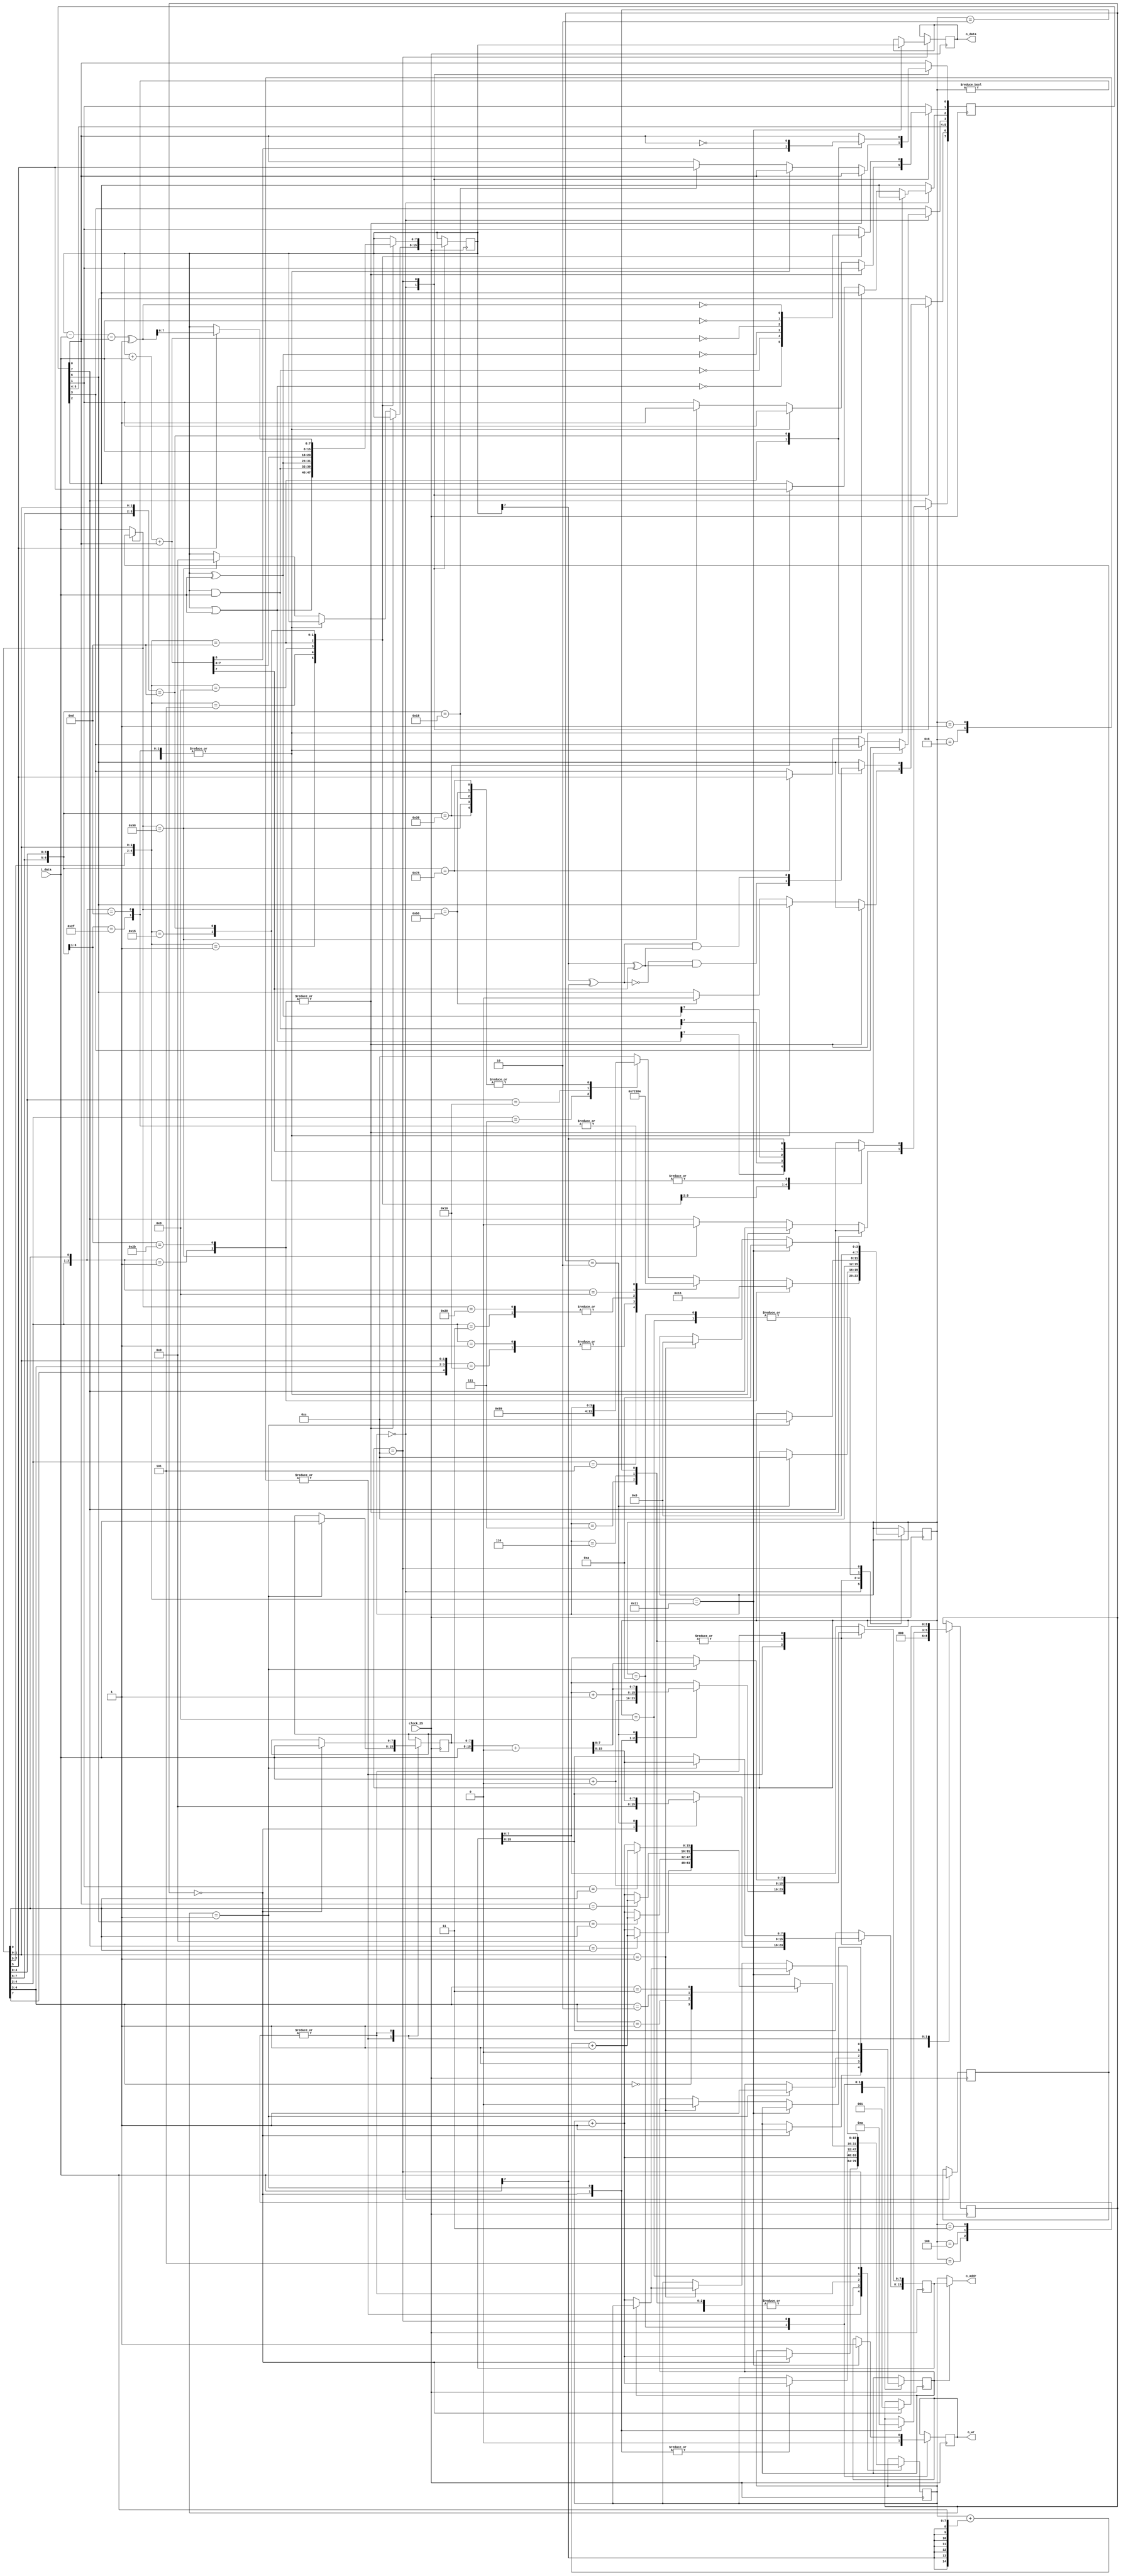
module processor(

    // Тактирование процессора на стандартной частоте 25 Мгц
    input   wire        clock_25,
    
    // 8-битная шина данных
    input   wire [7:0]  i_data,         // Входящие данные
    output  wire [15:0] o_addr,         // 16-битный адрес (64 кб адресное пространство)
    output  reg  [7:0]  o_data,         // Данные для записи
    output  reg         o_wr            // Запись в память

);

/*
 * Роутинг
 */

assign o_addr = alt ? addr : pc;

/*
 * Регистры
 */
 
reg [7:0]  a; // Аккумулятор
reg [7:0]  x; // Индексный регистр
reg [7:0]  y; // Индексный регистр
reg [7:0]  p; // Флаги
reg [7:0]  s; // Стек $100-$1FF
reg [15:0] pc; // Регистр адреса

/*
 7 6 5 4 3 2 1 0
 N V 1 B D I Z C (Флаги)


 N - Negative (отрицательное число)
 V - Overflow (переполнение)
 B - Breakpoint
 D - Decimal (двоично-десятичный режим)
 I - Interrupt (прерывание)
 Z - Zero (результат равен 0)
 C - Carry (перенос)
 
 */

/*
 * Состояния
 */

reg [3:0]  t;        // Текущее состояние процессора
reg [2:0]  am;       // Address Mode = 0..7, декодирование
reg [7:0]  op_cache; // Предущущее состояние опкода
reg        alt;      // Если =1, то смотрит в память [addr], иначе на [pc]
reg [15:0] addr;     // Указатель на рабочую область памяти
reg [7:0]  tmp8;     // Временный 8-bit регистр


/*
 * Инициализация первичных значений
 */

initial begin

    a = 8'h17;
    x = 8'h00; 
    y = 8'h00;
    p = 8'h00; 
    s = 8'h00;
    
    t   = 4'h0;
    am  = 3'h0;
    alt = 1'b0;
    
    // Должны совпадать вначале
    pc     = 16'h0000;
    addr   = 16'h0000;
    
    op_cache = 8'h00;
    o_data  = 8'h00;
    o_wr    = 1'b0;

end

/*
 * Вычисления АЛУ
 */
 
wire [7:0] r_ora = a | i_data;
wire [7:0] r_and = a & i_data;
wire [7:0] r_eor = a ^ i_data;
wire [8:0] r_adc = a + i_data + p[0];
wire [8:0] r_sbc = a - i_data - p[0] ^ 1'b1;
wire       r_adc_v = (a[7] ^ i_data[7] ^ 1'b1) & (a[7] ^ r_adc[7]);
wire       r_sbc_v = (a[7] ^ i_data[7]       ) & (a[7] ^ r_adc[7]);

wire [15:0] pc_rel = pc + {{8{i_data[7]}}, i_data[6:0]} + 1'b1;

/*
 * Дешифратор кода операции
 */

// Актуальный опкод всё время
wire [7:0] opcode = t ? op_cache : i_data;

// Вычисление ZP адресации на основе различных типов адресации (2,6,7)
wire [7:0] zpx = i_data + (t == 4'h6 ? y : (t == 4'h7 ? x : 1'b0));

/*
 * Главная процессорная логика
 */

always @(posedge clock_25) begin

    case (t)
    
        // Дешифратор режима адресации
        4'h0: begin

            op_cache <= i_data;
            pc <= pc + 1'b1;
            am <= 1'b0;
        
            // Дешифрация
            casex (opcode)
            
                // Непрямой,X            ($FF,X)
                8'bxxx_000_x1: t <= 4'h1;                
                
                // ZP,Y                  $FF,Y
                8'b10x_101_1x: t <= 4'h6;

                // ZP,X                  $FF,X
                8'bxxx_101_xx: t <= 4'h7;
                
                // ZP                    $FF
                8'bxxx_001_xx, 
                8'b1xx_00x_00: t <= 4'h2;

                // Абсолютный            $FFFF
                8'b001_000_00,
                8'bxxx_011_xx: t <= 4'h3;
                
                // (Непрямой),Y          ($FF),Y
                8'bxxx_100_x1: t <= 4'h8;

                // Абсолютный,Y          $FFFF,Y
                8'bxxx_110_x1, 
                8'b10x_111_1x: t <= 4'h4;

                // Абсолютный,X          $FFFF,X
                8'bxxx_111_xx: t <= 4'h5;
                
                // Условные переходы     Метка (-128..127)
                8'bxxx_100_00: t <= 4'h9; 
                
                // #Непосредственный     #$FF
                8'bxxx_010_x1: t <= 4'hC;
                
                // Инструкции пересылки
                8'b00x_110_00: p[0] <= opcode[5]; // CLC, SEC
                8'b01x_110_00: p[2] <= opcode[5]; // CLI, SEI
                8'b100_110_00: begin a <= y; p <= {y[7], p[6:2], y == 1'b0, p[0]}; end // TYA
                8'b101_110_00: p[6] <= 1'b0; // CLV
                8'b11x_110_00: p[3] <= opcode[5]; // CLD, SED
                
                // Нет операндов
                default: begin 
                               

                    t <= 4'hC; // В некоторых случаях!

                end

            endcase
        
        end
        
        /*
         * Чтение операндов
         */
        
        // 1 - Indirect,X
        // 8 - Indirect,Y
        4'h1, 4'h8: case (am)

            3'h0: begin am <= 3'h1; addr <= {8'h00, i_data + (t == 4'h1 ? x : 1'b0)}; pc <= pc + 1'b1; alt <= 1'b1; end // Перейти к этому адресу (Addr + X)
            3'h1: begin am <= 3'h2; tmp8 <= i_data; addr[7:0] <= addr[7:0] + 1'b1; end // Прочитать младший байт
            3'h2: begin t  <= 4'hC; addr <= {i_data, tmp8} + (t == 4'h8 ? y : 1'b0); end // Проставить новый указатель для чтения операнда и переход к исполнению

        endcase

        // 2 - Zero Page
        // 6 - Zero Page,Y
        // 7 - Zero Page,X
        4'h2, 4'h6, 4'h7: begin alt <= 1'b1; addr <= zpx; t <= 4'hC; pc <= pc + 1'b1; end // Читать байт из указанной в ZP [+y, +x]
        
        // 3 - Absolute
        // 4 - Absolute,Y
        // 5 - Absolute,X
        4'h3, 4'h4, 4'h5: case (am)

            3'h0: begin am <= 3'h1; tmp8 <= i_data; pc <= pc + 1'b1; end // Читать младший байт
            3'h1: begin t  <= 4'hC; addr <= {i_data, tmp8} + (t == 4'h4 ? x : (t == 4'h5 ? y : 0)); pc <= pc + 1'b1; alt <= 1'b1; end // Старший байт [+X,Y]

        endcase  

        // BRANCH - Условный переход
        4'h9: begin
        
            casex (opcode[4:2])
            
                3'b00x: if (p[7] == opcode[0]) pc <= pc_rel; else pc <= pc + 1'b1; // BPL, BMI
                3'b01x: if (p[6] == opcode[0]) pc <= pc_rel; else pc <= pc + 1'b1; // BVC, BVS
                3'b10x: if (p[0] == opcode[0]) pc <= pc_rel; else pc <= pc + 1'b1; // BCC, BCS
                3'b11x: if (p[1] == opcode[0]) pc <= pc_rel; else pc <= pc + 1'b1; // BNE, BEQ
            
            endcase
            
            t <= 1'b0;

        end
        
        // RESET: Сброс параметров после записи в память
        4'hA: begin o_wr <= 1'b0; alt <= 1'b0; t <= 1'b0; end

        // Исполнение опкодов       
        4'hC: begin 
        
            // ЗАПИСЬ В РЕГИСТРЫ ОБЩЕГО ЗНАЧЕНИЯ   
            // ---------------------------------      
            casex (opcode) 

                // ORA
                8'b000_xxx_01: begin 

                    a   <= r_ora; 
                    p   <= {r_ora[7], p[6:2], r_ora == 1'b0, p[0]};
                    
                end

                // AND
                8'b001_xxx_01: begin 

                    a   <= r_and; 
                    p   <= {r_and[7], p[6:2], r_and == 1'b0, p[0]};

                end

                // EOR
                8'b010_xxx_01: begin 
                
                    a   <= r_eor; 
                    p   <= {r_eor[7], p[6:2], r_eor == 1'b0, p[0]};
                
                end

                // ADC
                8'b011_xxx_01: begin 
                
                    a   <= r_adc[7:0]; 
                    p   <= {r_adc[7], r_adc_v, p[5:2], r_adc == 1'b0, r_adc[8]};

                end

                // LDA
                8'b101_xxx_01: begin
                
                    a   <= i_data;
                    p   <= {i_data[7], p[6:2], i_data == 1'b0, p[0]};
                
                end
                
                // CMP, SBC
                8'b11x_xxx_01: begin
                    
                    p   <= {i_data[7], r_sbc_v, p[5:2], r_sbc == 1'b0, p[0] ^ 1'b1};
                    if (opcode[5]) a <= r_sbc; // 11_1_xxx01 SBC
                
                end

                // TODO OPERATIONS
            
            endcase

            // ЗАПИСЬ В РЕГИСТРЫ УПРАВЛЕНИЯ
            // ---------------------------------
            // Операция STA, писать данные из A в память
            if ({opcode[7:5], opcode[1:0]} == 5'b10001) begin
            
                t      <= 4'hA;
                o_data <= a;
                o_wr   <= 1'b1;
                
                if (~alt) pc <= pc + 1'b1; // Immediate PC+1

            end 
            // Сдвиг PC+1 при 7 типах АЛУ-операции
            else if (opcode[1:0] == 2'b01) begin 
                            
                alt <= 1'b0; 
                t   <= 1'b0; 

                if (~alt) pc <= pc + 1'b1; // Immediate PC+1

            end
        
        end

    endcase

end

endmodule